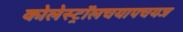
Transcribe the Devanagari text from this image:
कोलेस्ट्रॉलचयापचयज